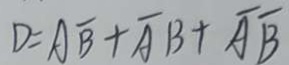
D = A \overline { B } + \overline { A } B + \overline { A } \overline { B }